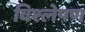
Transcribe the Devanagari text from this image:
विश्ल्‍ोषण